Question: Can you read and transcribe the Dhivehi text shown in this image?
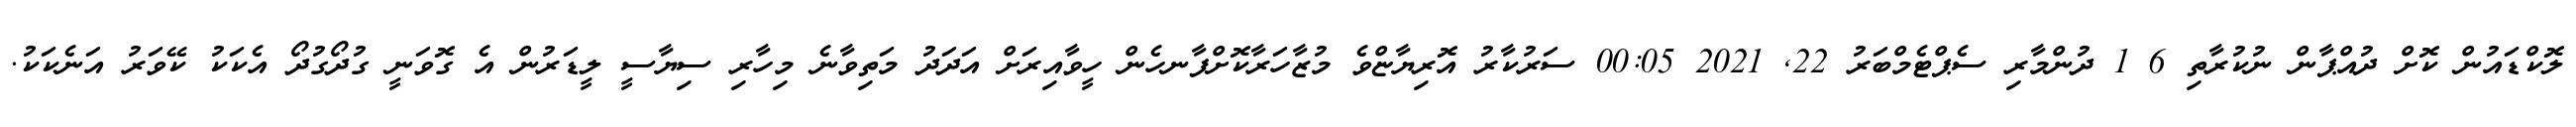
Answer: ލޮކްޑައުން ކޮށް ދުއްޕާން ނުކުރާތި 6 1 ދުންމާރި ސެޕްޓެމްބަރު 22, 2021 00:05 ސަރުކާރު އޮރިޔާޏްވެ މުޒާހަރާކޮށްފާނހެން ހީވާއިރަށް އަދަދު މަތިވާނެ މިހާރި ސިޔާސީ ލީޑަރުން އެ ގޮވަނީ ގުދޯގުދޯ އެކަކު ކޭވަރު އަނެކަކު.